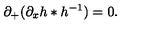
\partial _ { + } ( \partial _ { x } h * h ^ { - 1 } ) = 0 .